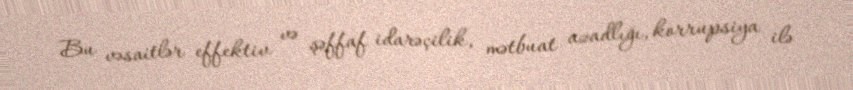
Bu vəsaitlər effektiv və şəffaf idarəçilik, mətbuat azadlığı, korrupsiya ilə